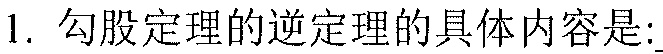
1. 勾股定理的逆定理的具体内容是: